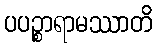
ပပဉ္စာရာမဿာတိ